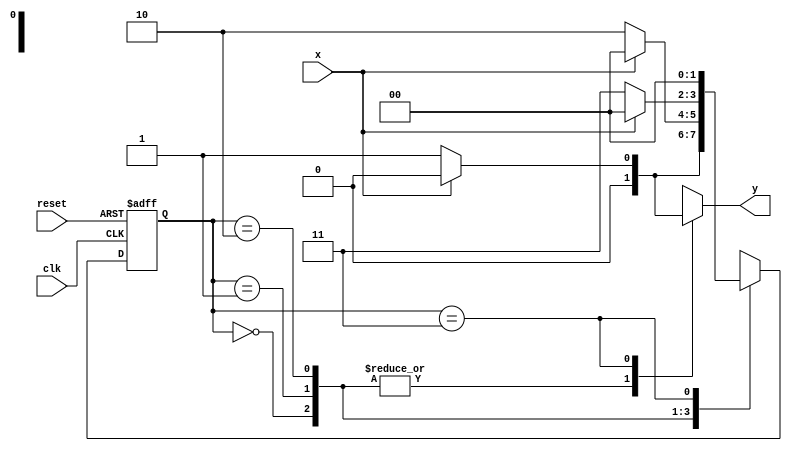
// Exemplo0056 - Maquinas de estados finitos
// Nome: Julio Machado

//-----------
// Mealy FSM
//-----------
/* 
							Mealy FSM Diagram 
		  _______________________________________
		 /										  			\ \ 
	  	v		0 	   		0 				0 		  0| |  // found 
	[start] ---> [id0] ---> [id00] ---> [id000] |
	 |	^				1|				1|				1|	  |
	 |	 \___________/				/				/    |
	 |	  \____________________/			  /  	  |
	 |		\______________________________/  	  |
	 |												   	  |				
	 |			1				1				1			1/
	 |----------> [id1] ---> [id11] ---> [id111]
	 \		 		   0| 		   0| 			  0| // not found 
	  \_____________/ 		   / 				   | 
		\______________________/					/ 
		 \          								  / 
		  \__________________________________/ 
*/ 

//constant definitions
`define found		1
`define notfound	0

//FSM by Mealy
module mealyEquals(y,x,clk,reset);
	output y;
	input x;
	input clk;
	input reset;
	
	reg y;
	
	parameter	//state identifiers
		start = 3'b000,
		id0 = 3'b001,
		id00 = 3'b010,
		id000 = 3'b011,
		id1 = 3'b100,
		id11 = 3'b101,
		id111 = 3'b110;
		
		reg [1:0] E1;	//current state variables
		reg [1:0] E2;	//next state logic output
		
		//next state logic
		always @ (x or E1)
			begin
				y = `notfound;
				
				case (E1)
					start:
						if (x)
							E2 = id1;
						else
							E2 = id0;
					id0:
						if (x)
							E2 = start;
						else
							E2 = id00;
					id00:
						if (x)
							E2 = start;
						else
							E2 = id000;
					id000:
						if (x)
							begin
								E2 = start;
								y = `notfound;
							end
						else
							begin
								E2 = start;
								y = `found;
							end
					id1:
						if (x)
							E2 = id11;
						else
							E2 = start;
					id11:
						if (x)
							E2 = id111;
						else
							E2 = start;
					id111:
						if (x)
							begin
								E2 = start;
								y = `found;
							end
						else
							begin
								E2 = start;
								y = `notfound;
							end
					default:		//undefined state
						E2 = 2'bxx;
				endcase
			end //always at signal or state changing
			
		//state variables
			always @ (posedge clk or negedge reset)
				begin
					if (reset)
						E1 = E2;	//updates current state
					else
						E1 = start;	//reset
				end //always at signal changing
				
endmodule //mealyEquals

// -----------
//	Test Mealy
// -----------
module testMealyEquals;
	reg x,reset,clk;
	wire y;
	
	mealyEquals m1(y,x,clk,reset);
	
	initial
		begin
			x = 1'b1;
			reset = 1'b1;
			clk = 1'b0;
		end
	
	initial
		begin
		
		$display("MealyEquals\nNome: julio Machado\nMatricula: 435666");
		
		$display("Clk  Rst  x  y");
		#2 x = 1'b0;
		#8 x = 1'b1;
		#8 x = 1'b0;
		#6 $finish;
		end
		
	always
		#1 clk = ~clk;
	
	always @(posedge clk)
		begin
			$display("%d	%b  %b  %b",$time,reset,x,y);
		end

endmodule //testMealy

/* -- Documentacao complementar
 
 		Historico
 Nome						Data				Modificacao
 Mealy1101			30/09/2011		FSM by Mealy
 Moore1101			30/09/2011		FSM by Moore
 Exemplo0051		30/09/2011		FSM by Mealy and Moore
 Exemplo0052		01/10/2011		FSM by Mealy - sequencia 101 com intersecao
 Exemplo0053		01/10/2011		FSM by Moore - sequencia 1010 sem intersecao
 Exemplo0054		03/10/2011		FSM by Mealy - primeira sequencia 0111
 Exemplo0055		03/10/2011		FSM by Mealy - sequencia de 4 bits terminada em 111
 Exemplo0056		03/10/2011		FSM by Mealy - sequencia de 4 bits iguais



			Testes e Resultados

 Mealy1101
 	*obs: nao conseguir fazer o programa identificar 1101, por isso,
			nao pude realizar mais testes
			
 Moore1101
 	*obs: nao conseguir fazer o programa identificar 1101, por isso,
			nao pude realizar mais testes
			
 Exemplo0051
 	Mealy conseguiu identificar a entrada 1101, mas a saida final da FSM de Moore foi x.
	
 Exemplo0052
 	*obs: nao conseguir fazer o programa identificar 101, por isso,
			nao pude realizar mais testes

 Exemplo0053
 	*obs: nao conseguir fazer o programa identificar 1010, por isso,
			nao pude realizar mais testes
			
 Exemplo0054
 	*obs: nao conseguir fazer o programa identificar 0111, por isso,
			nao pude realizar mais testes
			
 Exemplo0055
 	*obs: nao conseguir fazer o programa identificar 111, por isso,
			nao pude realizar mais testes
	
 Exemplo0056
 	*obs: nao conseguir fazer o programa identificar 1111 nem 0000, por isso,
			nao pude realizar mais testes
*/